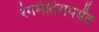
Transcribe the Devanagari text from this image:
रंगमंदिरापर्यंत